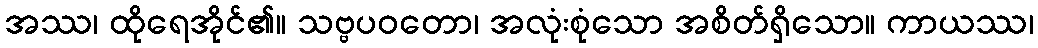
အဿ၊ ထိုရေအိုင်၏။ သဗ္ဗပဝတော၊ အလုံးစုံသော အစိတ်ရှိသော။ ကာယဿ၊